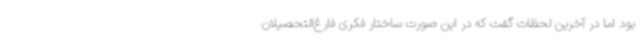
بود اما در آخرین لحظات گفت که در این صورت ساختار فکری فارغ‌التحصیلان